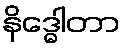
နိဒ္ဓေါတာ